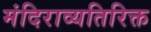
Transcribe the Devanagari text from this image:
मंदिराव्यतिरिक्त